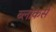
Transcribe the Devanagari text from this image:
ब्लोकर्स